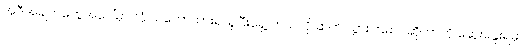
အဲဒီအချက်တွေအပေါ်မှာ ဘုံ သဘောထားရယူပြီးရှေ့ ဘယ်လို ဆက် သွားကြမလဲဆိုတာကို ဆွေးနွေးရမှာ